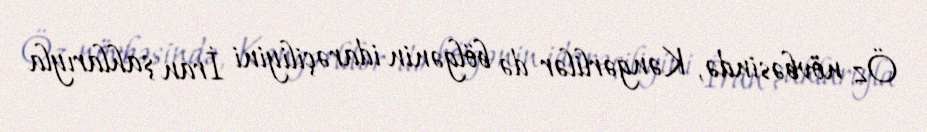
Öz növbəsində, Kəngərlilər də bölgənin idarəçiliyini İran şahlarıyla